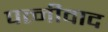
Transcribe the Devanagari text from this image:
पत्नीवाद